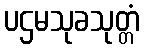
ပဌမသုခသုတ္တံ